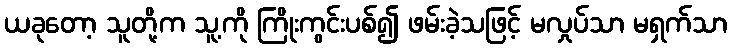
ယခုတော့ သူတို့က သူ့ကို ကြိုးကွင်းပစ်၍ ဖမ်းခဲ့သဖြင့် မလှုပ်သာ မရှက်သာ